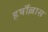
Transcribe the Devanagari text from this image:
हर्षौल्लास